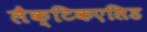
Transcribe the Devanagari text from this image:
लैक्टिकएसिड